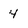
Character: 4